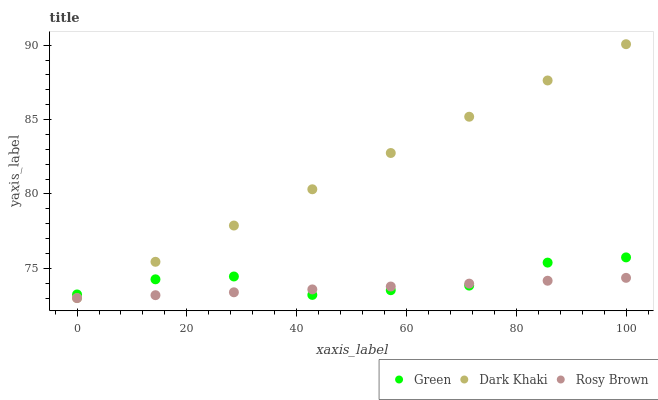
| xaxis_label | Green | Dark Khaki | Rosy Brown |
 | --- | --- | --- | --- |
 | 0 | 73.2 | 73 | 73 |
 | 14.3 | 74.3 | 75.4 | 73.2 |
 | 28.6 | 74.5 | 77.9 | 73.4 |
 | 42.9 | 73.2 | 80.3 | 73.6 |
 | 57.1 | 73.5 | 82.8 | 73.8 |
 | 71.4 | 73.8 | 85.2 | 74 |
 | 85.7 | 75.4 | 87.6 | 74.2 |
 | 100 | 75.7 | 90.1 | 74.4 |